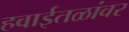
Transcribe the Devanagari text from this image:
हवाईतळांवर